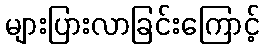
များပြားလာခြင်းကြောင့်